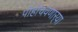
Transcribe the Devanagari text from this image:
पोहोचवणार्‍या